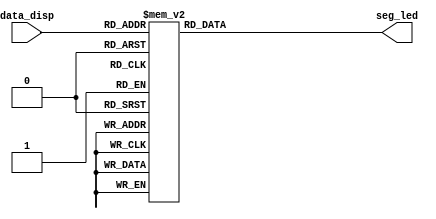
// This program was cloned from: https://github.com/flyjancy/CortexM0_SoC_Task
// License: MIT License

module seg_led_decoder(
    input        [3:0]  data_disp,
    output  reg  [7:0]  seg_led
);

always@(data_disp)begin
    case(data_disp)
        4'h0 : seg_led = 8'h3f;
        4'h1 : seg_led = 8'h06;
        4'h2 : seg_led = 8'h5b;
        4'h3 : seg_led = 8'h4f;
        4'h4 : seg_led = 8'h66;
        4'h5 : seg_led = 8'h6d;
        4'h6 : seg_led = 8'h7d;
        4'h7 : seg_led = 8'h07;
        4'h8 : seg_led = 8'h7f;
        4'h9 : seg_led = 8'h6f;
        4'ha : seg_led = 8'h77;
        4'hb : seg_led = 8'h7c;
        4'hc : seg_led = 8'h39;
        4'hd : seg_led = 8'h5e;
        4'he : seg_led = 8'h79;
        4'hf : seg_led = 8'h71;
        default :seg_led = 8'h00;
    endcase
end

endmodule